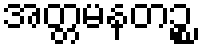
အတ္တမနတဉ္စ